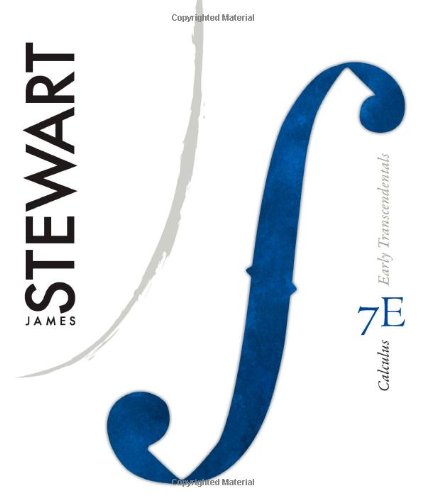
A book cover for Calculus: Early Transcendentals; James Stewart; Science & Math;